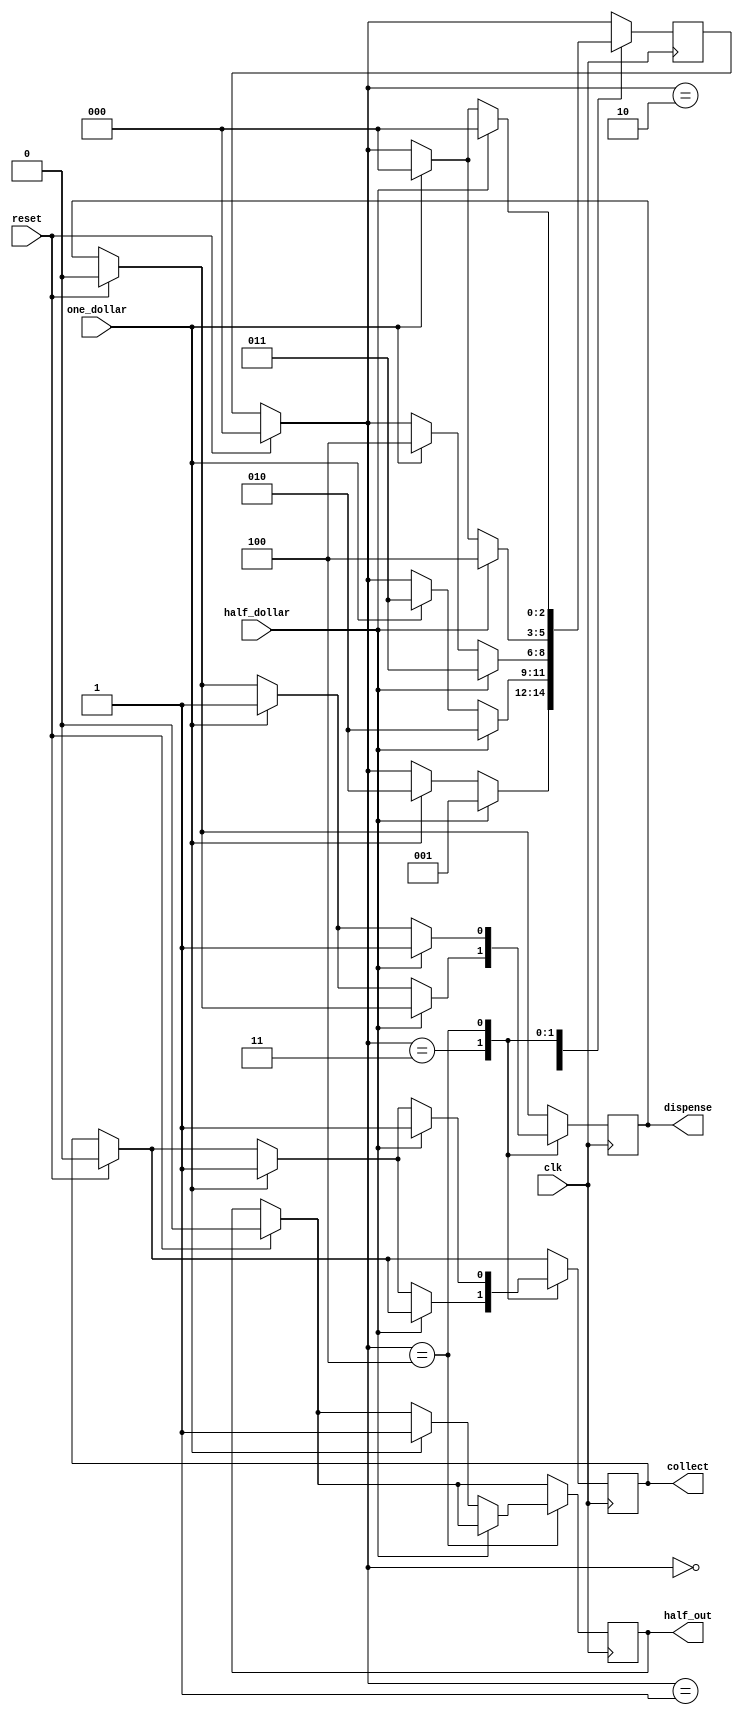
module sell(one_dollar,half_dollar,
collect,half_out,dispense,reset,clk);
parameter idle=0,one=2,half=1,two=3,three=4;
//idle,one,half,two,three 
input one_dollar,half_dollar,reset,clk;
output collect,half_out,dispense;
reg collect,half_out,dispense;
reg[2:0] D;
always @(posedge clk)
begin
if(reset)
begin
dispense=0; collect=0;
half_out=0; D=idle;
end
case(D)
idle:
if(half_dollar) D=half;
else if(one_dollar)
D=one;
half:
if(half_dollar) D=one;
else if(one_dollar)
D=two;
one:
if(half_dollar) D=two;
else if(one_dollar)
D=three;
two:
if(half_dollar) D=three;
else if(one_dollar)
begin
dispense=1; //
collect=1; D=idle;
end
three:
if(half_dollar)
begin
dispense=1; //
collect=1; D=idle;
end
else if(one_dollar)
begin
dispense=1; //
collect=1;
half_out=1; D=idle;
end
endcase
end
endmodule